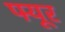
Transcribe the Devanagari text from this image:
फ्यूर